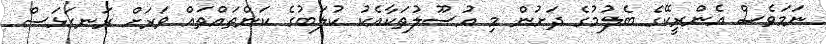
ނަމަވެސް އެންރީކޭގެ ބެލުމުގެ ދަށުން މި އުސޫލުތަކާއެކު ކުލަބުގެ ކަންތައްތައް ވަރަށް ރަނގަޅަސް